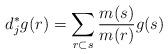
LaTeX: \begin{align*}d_j^*g(r)=\sum_{r\subset s}\frac{m(s)}{m(r)}g(s)\end{align*}